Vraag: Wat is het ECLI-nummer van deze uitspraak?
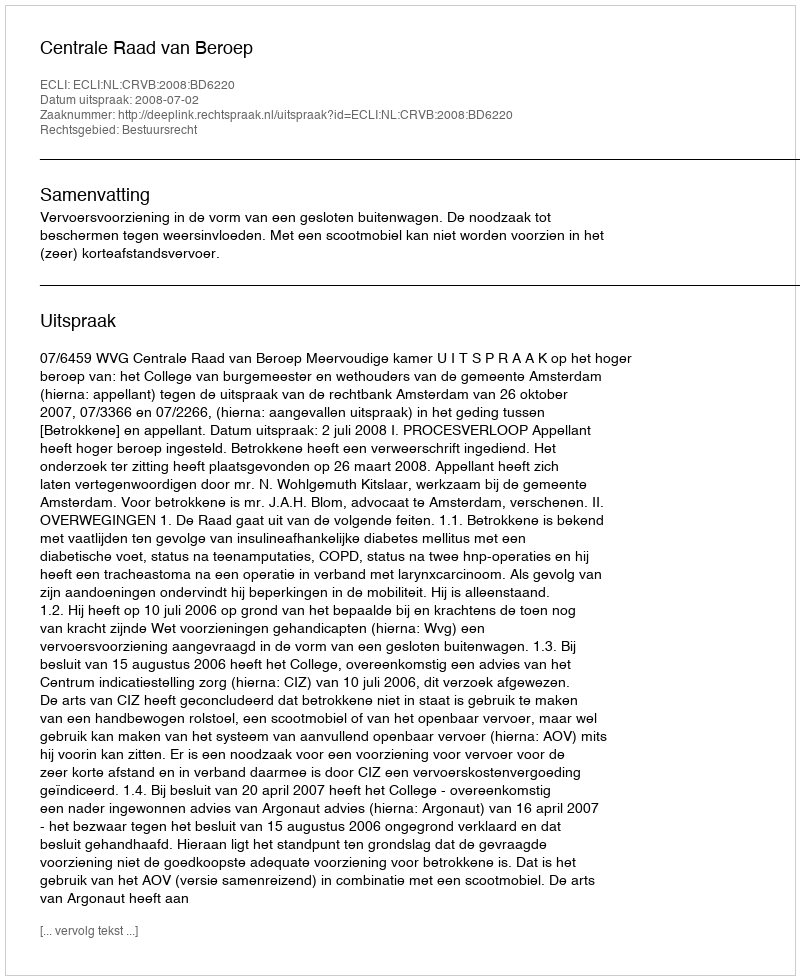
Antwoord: ECLI:NL:CRVB:2008:BD6220